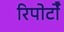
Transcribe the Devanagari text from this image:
रिपोर्टोँं